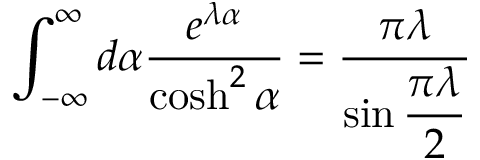
\int _ { - \infty } ^ { \infty } d \alpha \frac { e ^ { \lambda \alpha } } { \cosh ^ { 2 } \alpha } = \frac { \pi \lambda } { \sin \displaystyle \frac { \pi \lambda } { 2 } }